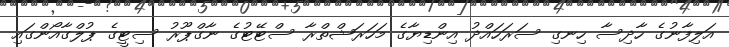
އަލިފާނުގެ ހާދިސާ ހިނގި ސަރަހައްދު އިންޑިޔާގެ މަހަރަޝްތްރާ ސްޓޭޓުގެ ނާގްޕޫރު ސިޓީގެ ޕުލްގާއޯންގައި